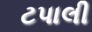
ટપાલી